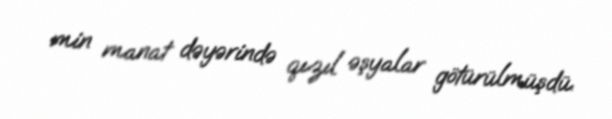
min manat dəyərində qızıl əşyalar götürülmüşdü.